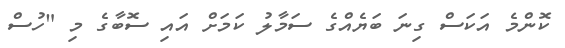
ކޮންމެ އަކަސް ގިނަ ބަޔެއްގެ ސަމާލު ކަމަށް އައި ސޮބާގެ މި "ހުސް